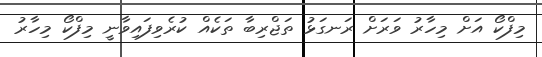
މިފްކޯ އަށް މިހާރު ވަރަށް ރަނގަޅު ތަޖްރިބާ ތަކެއް ކުރެވިފައިވާނީ މިފްކޯ މިހާރު